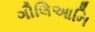
ગૌલિઆનિ